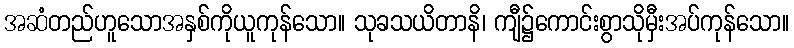
အဆံတည်ဟူသောအနှစ်ကိုယူကုန်သော။ သုခသယိတာနိ၊ ကျီ၌ကောင်းစွာသိုမှီးအပ်ကုန်သော။